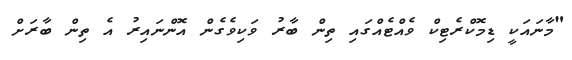
"މާނައަކީ ޑިމޮކްރެޓިކް ވެއްޓެއްގައި ތިން ބާރު ވަކިވެގެން އޮންނައިރު އެ ތިން ބާރަށް